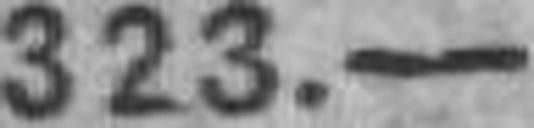
323.—